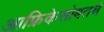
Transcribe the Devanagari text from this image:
आफ्रिकेसोबतचे